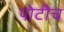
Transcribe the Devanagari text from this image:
पोटीच